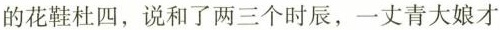
的花鞋杜四，说和了两三个时辰，一丈青大娘才